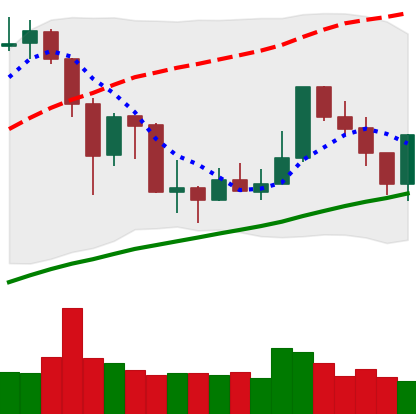
Ticker: XMR-USD
Chart end date: 2019-07-12
Forward return: -22.18%
Label: down_7plus